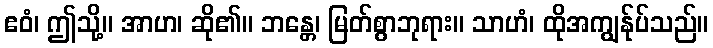
ဧဝံ၊ ဤသို့။ အာဟ၊ ဆို၏။ ဘန္တေ၊ မြတ်စွာဘုရား။ သာဟံ၊ ထိုအကျွန်ုပ်သည်။